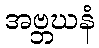
အဗ္ဘဃနံ